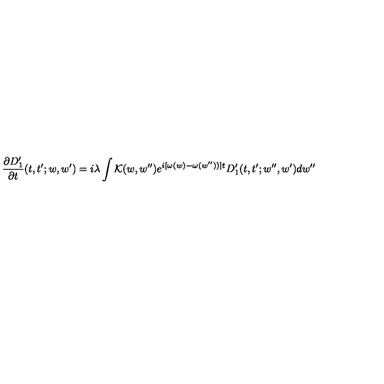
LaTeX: \frac { \partial D _ { 1 } ^ { \prime } } { \partial t } ( t , t ^ { \prime } ; w , w ^ { \prime } ) = i \lambda \int { \cal K } ( w , w ^ { \prime \prime } ) e ^ { i [ \omega ( w ) - \omega ( w ^ { \prime \prime } ) ) ] t } D _ { 1 } ^ { \prime } ( t , t ^ { \prime } ; w ^ { \prime \prime } , w ^ { \prime } ) d w ^ { \prime \prime }